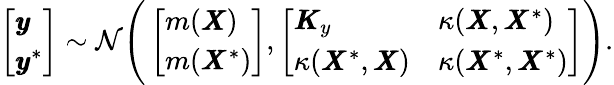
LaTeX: \left[\begin{array}{l}{\pmb{y}}\\ {\pmb{y}^{\ast}}\end{array}\right]\sim\mathcal{N}\Bigg(\left[\begin{array}{l}{m(\pmb{X})}\\ {m(\pmb{X}^{\ast})}\end{array}\right],\left[\begin{array}{ll}{\pmb{K}_{y}}&{\kappa(\pmb{X},\pmb{X}^{\ast})}\\ {\kappa(\pmb{X}^{\ast},\pmb{X})}&{\kappa(\pmb{X}^{\ast},\pmb{X}^{\ast})}\end{array}\right]\Bigg).